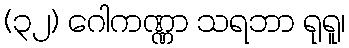
(၃၂) ဂေါကဏ္ဏာ သရဘာ ရုရူ၊